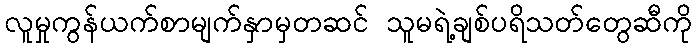
လူမှုကွန်ယက်စာမျက်နှာမှတဆင် သူမရဲ့ချစ်ပရိသတ်တွေဆီကို